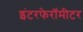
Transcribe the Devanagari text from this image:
इंटरफेरॉमीटर